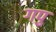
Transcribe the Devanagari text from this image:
गपु